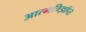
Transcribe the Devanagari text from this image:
आत्मविज्ञप्ति